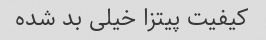
کیفیت پیتزا خیلی بد شده